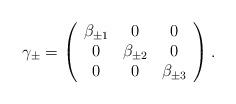
LaTeX: \begin{align*}\gamma_\pm = \left( \begin{array}{ccc}\beta_{\pm 1} & 0 & 0\\0 & \beta_{\pm 2} & 0\\0 & 0 & \beta_{\pm 3}\end{array} \right).\end{align*}